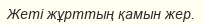
Жеті жұрттың қамын жер.